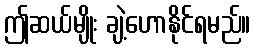
ဤဆယ်မျိုး ချဲ့ဟောနိုင်ရမည်။